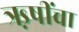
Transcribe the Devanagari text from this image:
ऋ़षींचा